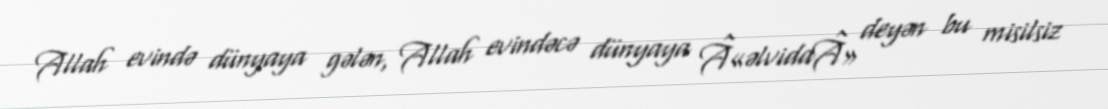
Allah evində dünyaya gələn, Allah evindəcə dünyaya Â«əlvidaÂ» deyən bu misilsiz